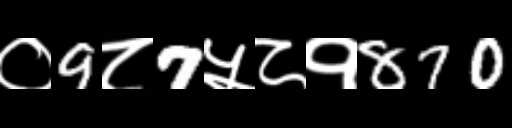
Text: ०9८7५८१870